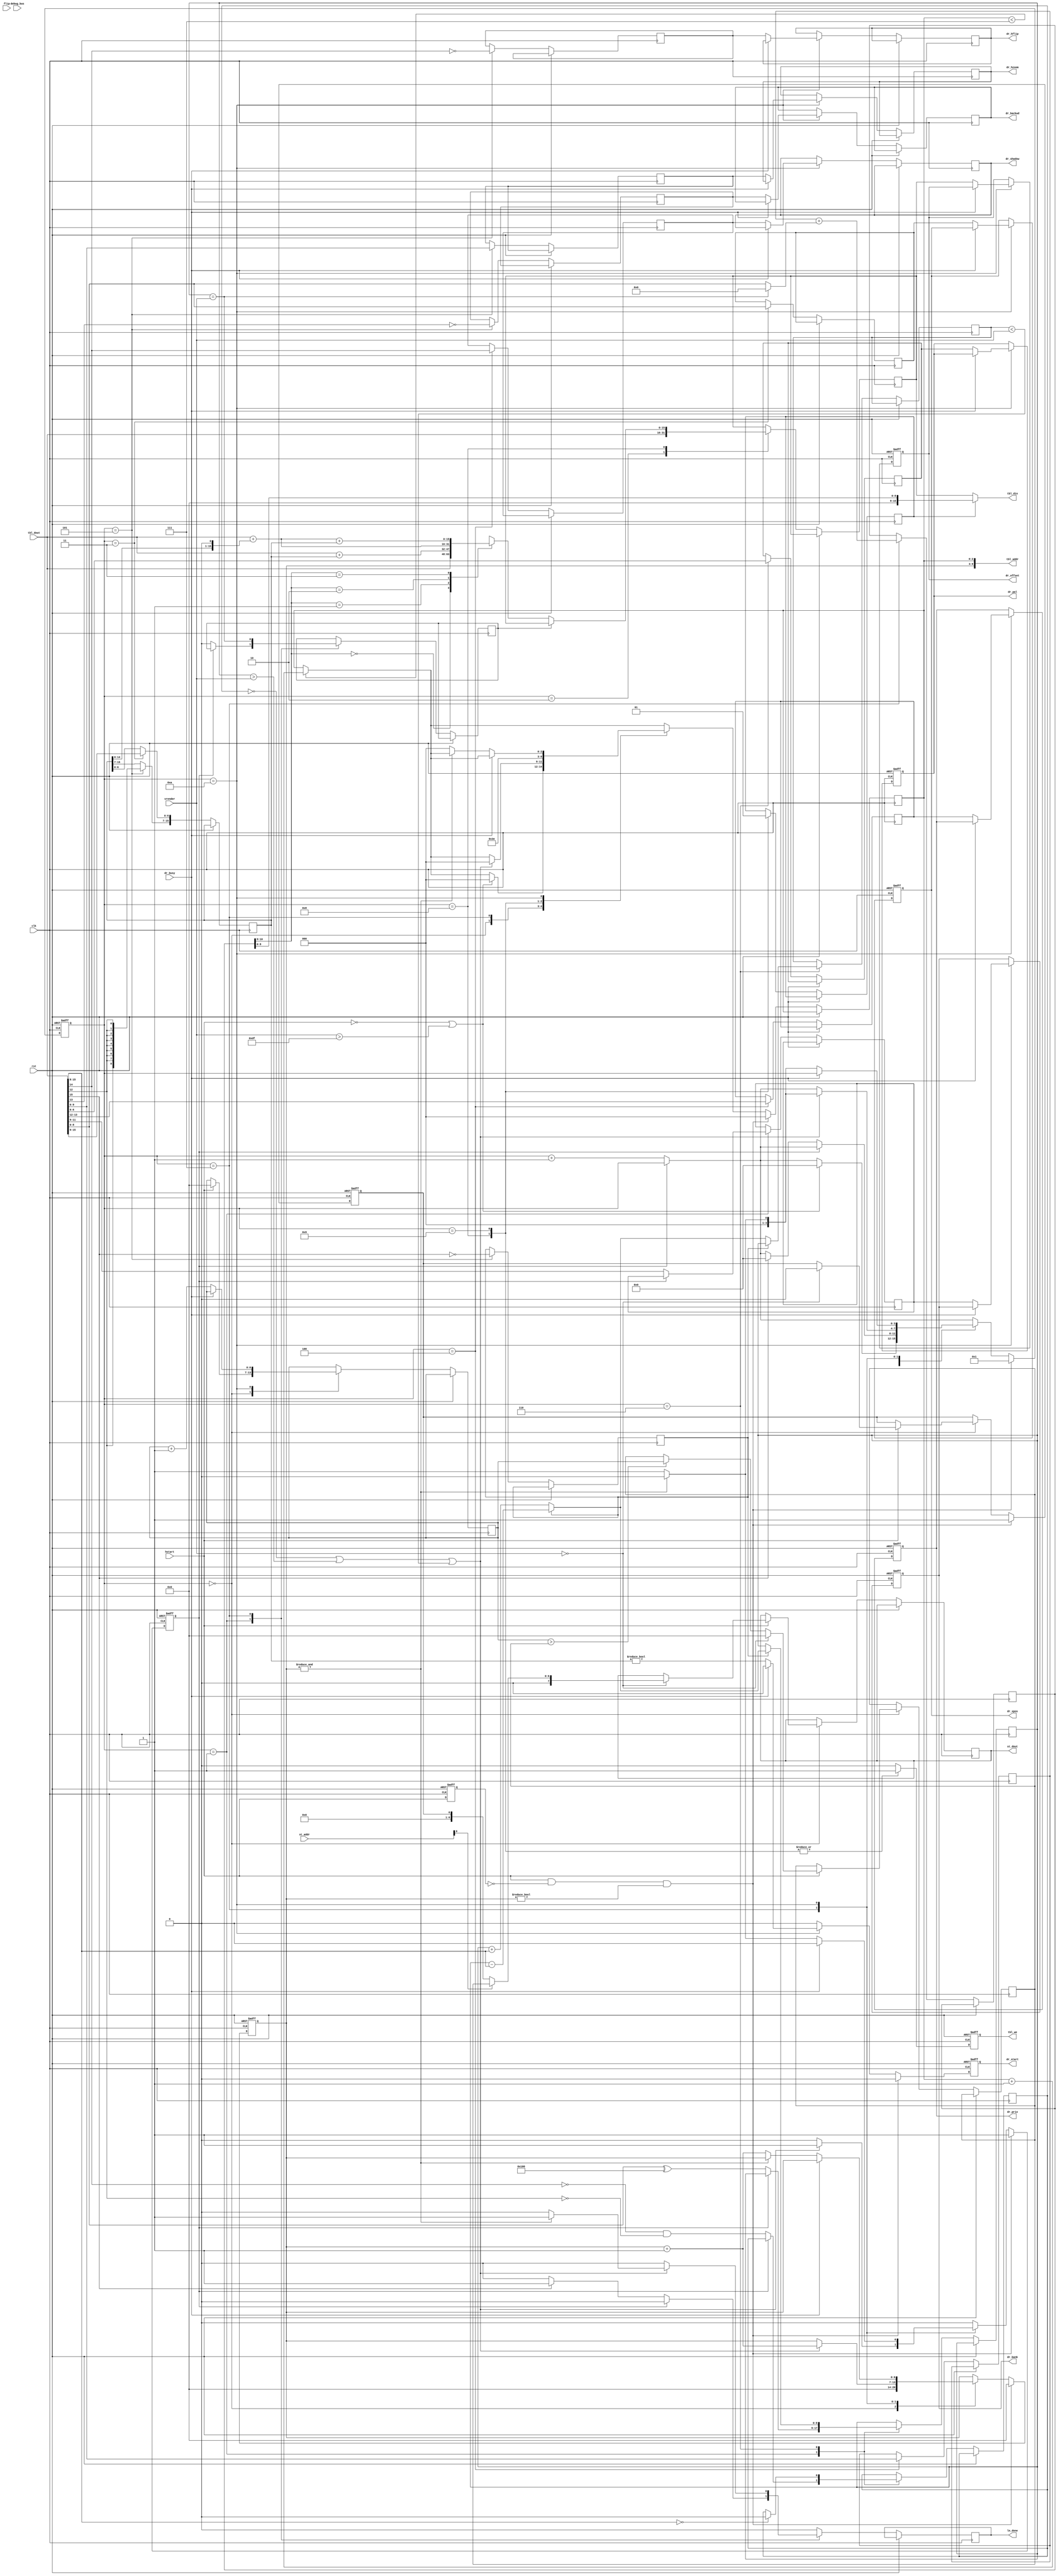
// This program was cloned from: https://github.com/jotego/jtcores
// License: GNU General Public License v3.0

/*  This file is part of JTCORES.
    JTCORES program is free software: you can redistribute it and/or modify
    it under the terms of the GNU General Public License as published by
    the Free Software Foundation, either version 3 of the License, or
    (at your option) any later version.

    JTCORES program is distributed in the hope that it will be useful,
    but WITHOUT ANY WARRANTY; without even the implied warranty of
    MERCHANTABILITY or FITNESS FOR A PARTICULAR PURPOSE.  See the
    GNU General Public License for more details.

    You should have received a copy of the GNU General Public License
    along with JTCORES.  If not, see <http://www.gnu.org/licenses/>.

    Author: Jose Tejada Gomez. Twitter: @topapate
    Version: 1.0
    Date: 10-10-2022 */

module jtoutrun_obj_scan(
    input              rst,
    input              clk,

    output reg         ln_done,
    // Obj table
    output     [10:1]  tbl_addr,
    input      [15:0]  tbl_dout,
    output     [15:0]  tbl_din,
    output reg         tbl_we,

    // Draw commands
    output reg         dr_start,
    input              dr_busy,
    output reg [ 8:0]  dr_xpos,
    output reg [15:0]  dr_offset,  // MSB is also used as the flip bit
    output reg [ 2:0]  dr_bank,
    output reg [ 1:0]  dr_prio,
    output reg         dr_shadow,
    output reg [ 6:0]  dr_pal,
    output reg [ 9:0]  dr_hzoom,
    output reg         dr_hflip,
    output reg         dr_backwd,

    // Video signal
    input              flip,
    input              hstart,
    input      [ 8:0]  vrender,

    input      [ 7:0]  debug_bus,
    // System info
    input      [ 7:0]  st_addr,
    output reg [ 7:0]  st_dout        // late or max number of sprites drawn in a line
);

parameter [8:0] PXL_DLY=8;

localparam STW = 4;

reg  [6:0] cur_obj, drawn_cnt, worst_cnt;  // current object
reg  [2:0] idx;
reg  [STW-1:0] st;
reg        first, stop, visible, backwd;

// Object data
reg        [ 8:0] bottom, top;
wire       [ 8:0] endline;
reg        [ 8:0] xpos;
reg signed [15:0] pitch;
reg        [15:0] offset;
reg        [ 2:0] bank;
reg        [ 1:0] prio;
reg        [ 6:0] pal;
reg               zoom_sel, hflip, vflip, shadow, hstartl, late;
reg        [15:0] nx_offset;
reg        [10:0] vacc;
wire       [10:0] nx_vacc;
reg        [ 9:0] vzoom, hzoom;
wire              is_first;

assign tbl_addr  = { cur_obj, idx };
assign tbl_din   = zoom_sel ? {7'd0, vacc[8:0]} : offset;
assign endline   = vflip ? top - {1'd0,tbl_dout[15:8]} : top + {1'd0,tbl_dout[15:8]};
assign is_first  = top == vrender[8:0];
assign nx_vacc   = {1'b0, vzoom} + {2'd0, is_first ? 9'd0 : tbl_dout[8:0]};

always @* begin
    nx_offset = offset;
    if( !first ) begin
        case( vacc[10:9] )
            0: nx_offset = tbl_dout;
            1: nx_offset = tbl_dout + pitch;
            2: nx_offset = tbl_dout + (pitch<<1);
            3: nx_offset = tbl_dout + (pitch<<1) + pitch;
        endcase
    end
end

always @(posedge clk, posedge rst) begin
    if( rst ) begin
        cur_obj   <= 0;
        st        <= 0;
        tbl_we    <= 0;
        stop      <= 0;

        dr_start  <= 0;
        dr_xpos   <= 0;
        dr_offset <= 0;
        dr_bank   <= 0;
        dr_prio   <= 0;
        dr_pal    <= 0;
        hstartl   <= 0;
        late      <= 0;
    end else begin
        hstartl <= hstart;
        ln_done <= 0;
        if( idx < 7 ) idx <= idx + 3'd1;
        if( !stop ) begin
            st <= st+1'd1;
        end
        stop     <= 0;
        dr_start <= 0;
        tbl_we   <= 0;
        case( st )
            0: begin
                cur_obj  <= 0;
                stop     <= 0;
                dr_start <= 0;
                if( hstart ) begin
                    drawn_cnt <= 0;
                    if( drawn_cnt > worst_cnt ) worst_cnt <= drawn_cnt;
                    if( vrender==0 ) begin
                        st_dout   <= st_addr[0] ? { 1'b0, worst_cnt } : { 7'd0, late };
                        late <= 0;
                        worst_cnt <= 0;
                    end
                end
                if( !hstart || vrender>223 ) begin // holds the state
                    st  <= 0;
                    idx <= 0;
// `ifdef SIMULATION
//                 end else begin
//                     $display("--------- line %0d -----------", vrender);
// `endif
                end
            end
            1: if( !stop ) begin
                top     <= tbl_dout[ 8:0] ^ 9'h100;
                visible <= !tbl_dout[14] && !tbl_dout[12];
                bank    <= tbl_dout[11:9];
                first   <= 0;
                if( tbl_dout[15] ) begin
                    ln_done <= 1;
                    st      <= 0;
                end
            end
            2: begin
                offset <= tbl_dout;
            end
            3: begin
                { pitch[6:0], xpos } <= tbl_dout;
            end
            4: begin
                shadow <= tbl_dout[14];
                prio   <= tbl_dout[13:12];
                vzoom  <= tbl_dout[9:0];
            end
            5: begin
                vflip  <= ~tbl_dout[15]; // swap top & bottom when vflip is set
                hflip  <= ~tbl_dout[14]; // regular hflip
                backwd <= ~tbl_dout[13]; // the xpos sets the end position, instead of the start
                hzoom  <=  tbl_dout[9:0];
                pitch[15:7] <= {9{tbl_dout[12]}};
            end
            6: begin
                if( vflip ) begin
                    top    <= endline;
                    bottom <= top;
                end else begin
                    bottom <= endline;
                end
                pal <= tbl_dout[6:0];
                if( tbl_dout[15:8]==0 ) visible <= 0; // zero height
            end
            7: begin
                first <= is_first; // first line
                if( !visible || top > vrender || bottom < vrender ) begin // skip this sprite
                    cur_obj <= cur_obj + 1'd1;
                    idx     <= 0;
                    st      <= 1;
                    stop    <= 1;
                    if( &cur_obj ) begin
                        ln_done <= 1;
                        st      <= 0;
                    end
                end
                vacc <= nx_vacc;
            end
            8: begin
                offset   <= nx_offset;
                tbl_we   <= 1;
                zoom_sel <= 0;
                idx      <= 7; // idx would be 7 anyway, but I make it explicit for clarity
            end
            9: begin
                tbl_we   <= 1;
                zoom_sel <= 1;
                idx      <= 6;
            end
            10: begin
                if( !dr_busy ) begin
                    dr_xpos   <= xpos; //+PXL_DLY;
                    dr_offset <= offset;
                    dr_pal    <= pal;
                    dr_prio   <= prio;
                    dr_shadow <= shadow;
                    dr_start  <= pitch!=0;
                    dr_hflip  <= hflip;
                    dr_backwd <= backwd;
                    dr_hzoom  <= hzoom;
                    dr_bank   <= bank;
                    drawn_cnt <= drawn_cnt + 1'd1;
                    // next
                    if( &cur_obj ) begin
                        ln_done <= 0;
                        st      <= 0;
                    end
                    else begin
                        cur_obj <= cur_obj + 1'd1;
                        idx     <= 0;
                        st      <= 1;
                        stop    <= 1;
                    end
                end else begin
                    st <= st;
                end
            end
        endcase
        if( hstart && !hstartl && cur_obj!=0 ) begin
            cur_obj  <= 0;
            stop     <= 1;
            dr_start <= 0;
            idx      <= 0;
            st       <= 1;
            late     <= 1;
`ifdef SIMULATION
            $display("Assertion failed: objects not parsed within one scanline. vrender=0x%0x,cur_obj=0x%0x\n",vrender,cur_obj);
            // $finish;
`endif
        end
    end
end

endmodule